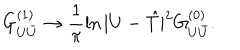
G _ { U { \bar { U } } } ^ { ( 1 ) } \rightarrow \frac { 1 } { \pi } \ln | U - { \hat { T } } | ^ { 2 } G _ { U { \bar { U } } } ^ { ( 0 ) } .